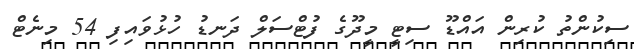
ސިކުންތު ކުރިން އައްޑޫ ސިޓީ މީދޫގެ ފުޓްސަލް ދަނޑު ހުޅުވައިފި 54 މިނެޓް